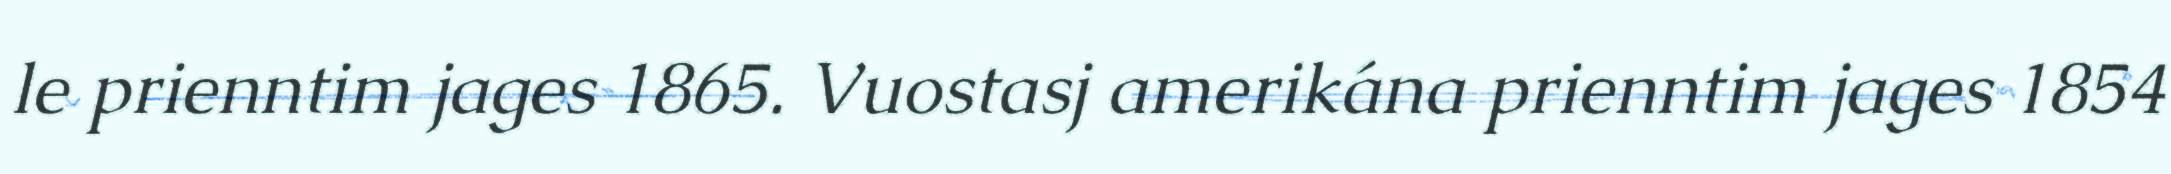
le prienntim jages 1865. Vuostasj amerikána prienntim jages 1854